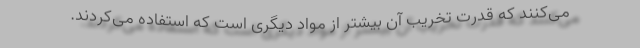
می‌کنند که قدرت تخریب آن بیشتر از مواد دیگری است که استفاده می‌کردند.